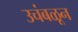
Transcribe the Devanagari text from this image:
उचंबळून